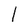
Character: l